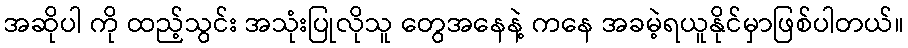
အဆိုပါ ကို ထည့်သွင်း အသုံးပြုလိုသူ တွေအနေနဲ့ ကနေ အခမဲ့ရယူနိုင်မှာဖြစ်ပါတယ်။